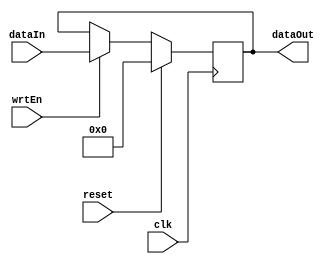
module negRegister(clk, reset, wrtEn, dataIn, dataOut);
	parameter BIT_WIDTH = 32;
	parameter RESET_VALUE = 0;
	
	input clk, reset, wrtEn;
	input[BIT_WIDTH - 1: 0] dataIn;
	output[BIT_WIDTH - 1: 0] dataOut;
	reg[BIT_WIDTH - 1: 0] dataOut;
	
	always @(negedge clk) begin
		if (reset == 1'b1)
			dataOut <= RESET_VALUE;
		else if (wrtEn == 1'b1)
			dataOut <= dataIn;
	end
	
endmodule